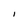
Character: I